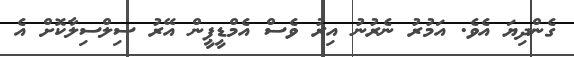
ގެންދިޔަ އެވެ. އަމުރު ނެރުނު އިރު ވެސް އެމްޑީޕީން އޭރު ސިލްސިލާކޮށް އެ